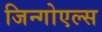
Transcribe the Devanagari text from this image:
जिन्गोएल्स